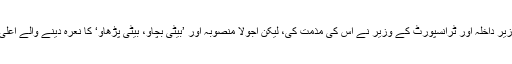
کافی دیر سے ہی سہی وزیر داخلہ اور ٹرانسپورٹ کے وزیر نے اس کی مذمت کی، لیکن اُجولا منصوبہ اور ’بیٹی بچاؤ، بیٹی پڑھاؤ‘ کا نعرہ دینے والے اعلیٰ کمان کی خاموشی رہی!